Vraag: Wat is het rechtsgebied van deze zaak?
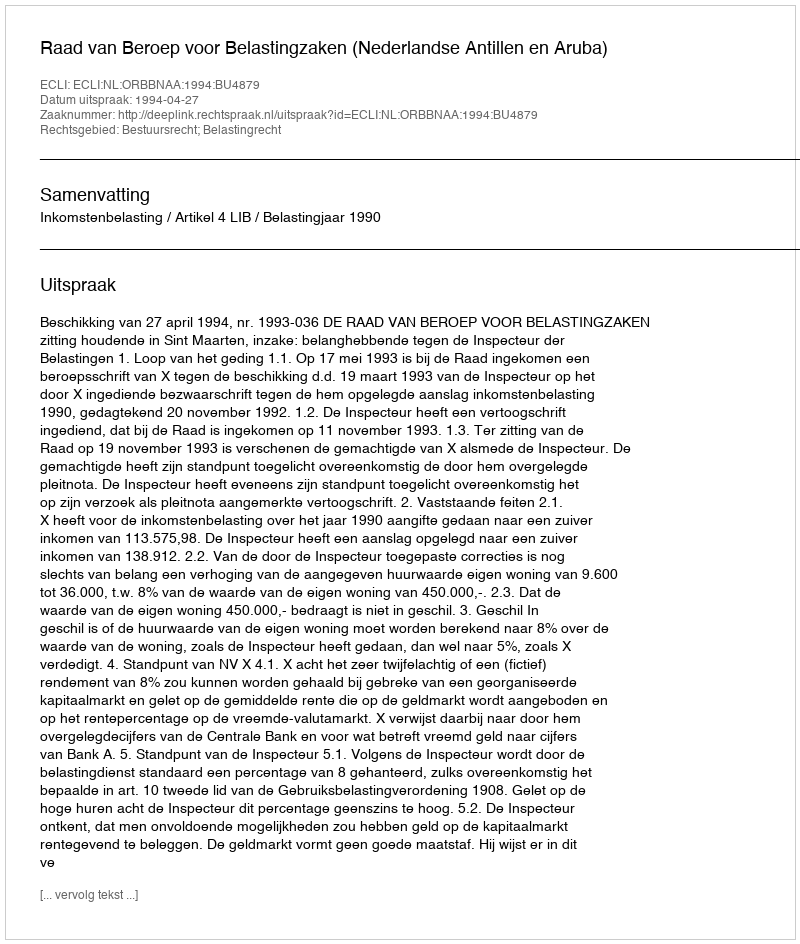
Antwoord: Bestuursrecht; Belastingrecht